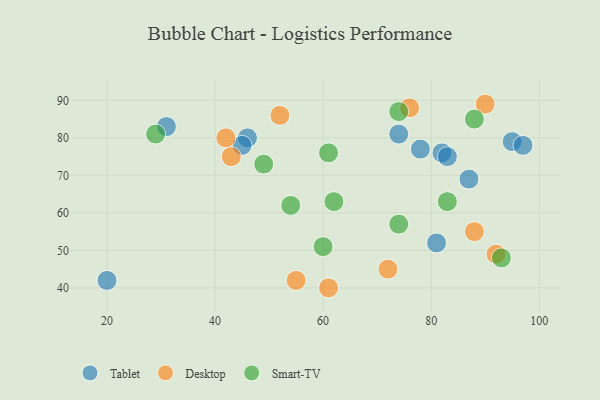
{"axis": {"x": "GDP", "y": "Life Expectancy"}, "legend": ["Desktop", "Smart-TV", "Tablet"], "data": [{"x": "82", "y": 76, "type": "Tablet"}, {"x": "78", "y": 77, "type": "Tablet"}, {"x": "46", "y": 80, "type": "Tablet"}, {"x": "74", "y": 81, "type": "Tablet"}, {"x": "81", "y": 52, "type": "Tablet"}, {"x": "95", "y": 79, "type": "Tablet"}, {"x": "45", "y": 78, "type": "Tablet"}, {"x": "31", "y": 83, "type": "Tablet"}, {"x": "87", "y": 69, "type": "Tablet"}, {"x": "97", "y": 78, "type": "Tablet"}, {"x": "20", "y": 42, "type": "Tablet"}, {"x": "83", "y": 75, "type": "Tablet"}, {"x": "43", "y": 75, "type": "Desktop"}, {"x": "92", "y": 49, "type": "Desktop"}, {"x": "42", "y": 80, "type": "Desktop"}, {"x": "72", "y": 45, "type": "Desktop"}, {"x": "55", "y": 42, "type": "Desktop"}, {"x": "76", "y": 88, "type": "Desktop"}, {"x": "52", "y": 86, "type": "Desktop"}, {"x": "90", "y": 89, "type": "Desktop"}, {"x": "88", "y": 55, "type": "Desktop"}, {"x": "61", "y": 40, "type": "Desktop"}, {"x": "83", "y": 63, "type": "Smart-TV"}, {"x": "74", "y": 87, "type": "Smart-TV"}, {"x": "54", "y": 62, "type": "Smart-TV"}, {"x": "62", "y": 63, "type": "Smart-TV"}, {"x": "29", "y": 81, "type": "Smart-TV"}, {"x": "88", "y": 85, "type": "Smart-TV"}, {"x": "74", "y": 57, "type": "Smart-TV"}, {"x": "61", "y": 76, "type": "Smart-TV"}, {"x": "49", "y": 73, "type": "Smart-TV"}, {"x": "93", "y": 48, "type": "Smart-TV"}, {"x": "60", "y": 51, "type": "Smart-TV"}]}